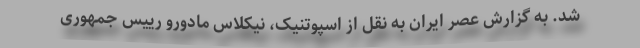
شد. به گزارش عصر ایران به نقل از اسپوتنیک، نیکلاس مادورو رییس جمهوری